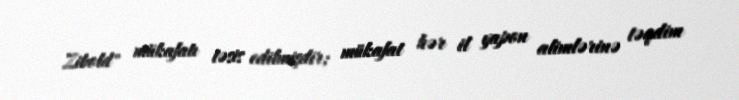
Zibold" mükafatı təsis edilmişdir; mükafat hər il yapon alimlərinə təqdim